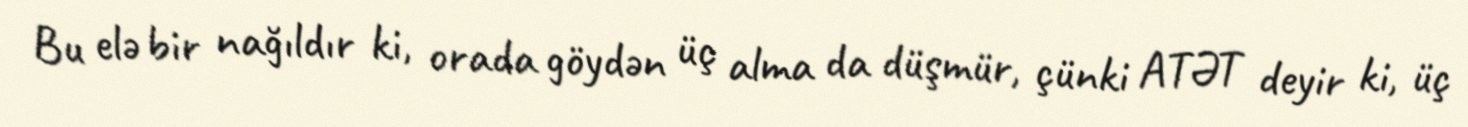
Bu elə bir nağıldır ki, orada göydən üç alma da düşmür, çünki ATƏT deyir ki, üç